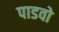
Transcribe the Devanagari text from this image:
पाडवो